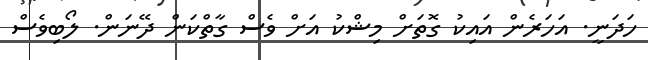
ހަދަނީ. އަހަރެން އައިކު ގޮތަށް މިޝްކު އަށް ވެސް ގާތްކަން ދޭނަން. ލޯބިވެސް